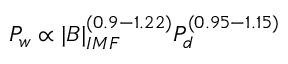
P _ { w } \propto | B | _ { I M F } ^ { ( 0 . 9 - 1 . 2 2 ) } P _ { d } ^ { ( 0 . 9 5 - 1 . 1 5 ) }